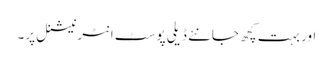
اور بہت کچھ جانئے ڈیلی پوسٹ انٹرنیشنل پر۔